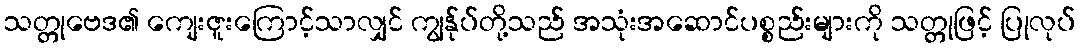
သတ္တုဗေဒ၏ ကျေးဇူးကြောင့်သာလျှင် ကျွန်ုပ်တို့သည် အသုံးအဆောင်ပစ္စည်းများကို သတ္တုဖြင့် ပြုလုပ်